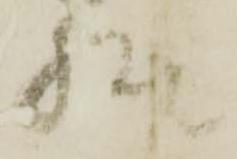
様